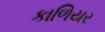
કાળિયર